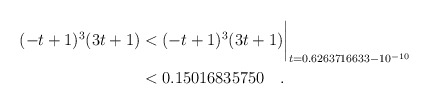
\begin{align*} (-t+1)^3(3t+1)& < (-t+1)^3(3t+1)\biggr\rvert_{t=0.6263716633 - 10^{-10}} \\& < 0.15016835750 \quad . \end{align*}